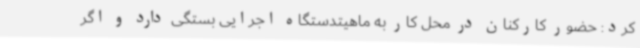
کرد: حضور کارکنان در محل کار به ماهیتدستگاه اجرایی بستگی دارد و اگر